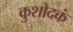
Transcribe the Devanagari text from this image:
कुशोदकं